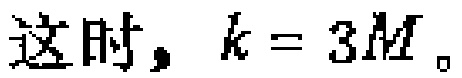
这时，\(k = 3M\)。